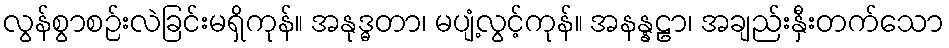
လွန်စွာစဉ်းလဲခြင်းမရှိကုန်။ အနုဒ္ဓတာ၊ မပျံ့လွင့်ကုန်။ အနန္နဠာ၊ အချည်းနှီးတက်သော